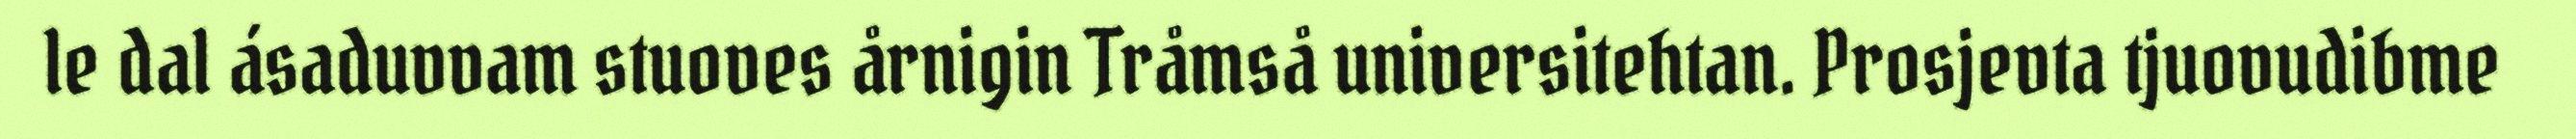
le dal ásaduvvam stuoves årnigin Tråmså universitehtan. Prosjevta tjuovudibme